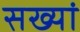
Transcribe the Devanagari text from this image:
सख्यां